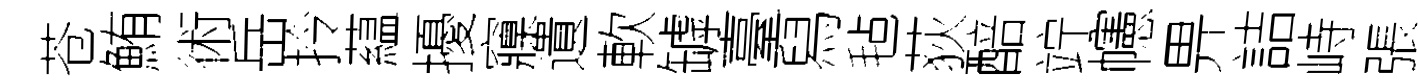
苍鮪術岳拎藴擾䆿遺軟罅臺舄毡荻醅竚幰畀詰峙張